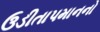
ઉડીતાપમાનનો